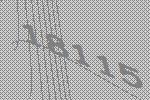
18115